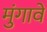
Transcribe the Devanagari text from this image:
मुंगावे